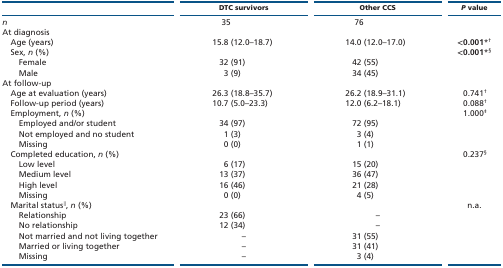
<table><thead><tr><td></td><td><b>DTC survivors</b></td><td><b>Other CCS</b></td><td><b><i>P</i> value</b></td></tr></thead><tbody><tr><td><i>n</i></td><td>35</td><td>76</td><td></td></tr><tr><td>At diagnosis</td><td></td><td></td><td></td></tr><tr><td> Age (years)</td><td>15.8 (12.0–18.7)</td><td>14.0 (12.0–17.0)</td><td><b>&lt;0.001</b>*<sup>†</sup></td></tr><tr><td> Sex, <i>n</i> (%)</td><td></td><td></td><td><b>&lt;0.001</b>*<sup>§</sup></td></tr><tr><td>Female</td><td>32 (91)</td><td>42 (55)</td><td></td></tr><tr><td>Male</td><td>3 (9)</td><td>34 (45)</td><td></td></tr><tr><td>At follow-up</td><td></td><td></td><td></td></tr><tr><td> Age at evaluation (years)</td><td>26.3 (18.8–35.7)</td><td>26.2 (18.9–31.1)</td><td>0.741<sup>†</sup></td></tr><tr><td> Follow-up period (years)</td><td>10.7 (5.0–23.3)</td><td>12.0 (6.2–18.1)</td><td>0.088<sup>†</sup></td></tr><tr><td> Employment, <i>n</i> (%)</td><td></td><td></td><td>1.000<sup>‡</sup></td></tr><tr><td>Employed and/or student</td><td>34 (97)</td><td>72 (95)</td><td></td></tr><tr><td>Not employed and no student</td><td>1 (3)</td><td>3 (4)</td><td></td></tr><tr><td>Missing</td><td>0 (0)</td><td>1 (1)</td><td></td></tr><tr><td> Completed education, <i>n</i> (%)</td><td></td><td></td><td>0.237<sup>§</sup></td></tr><tr><td>Low level</td><td>6 (17)</td><td>15 (20)</td><td></td></tr><tr><td>Medium level</td><td>13 (37)</td><td>36 (47)</td><td></td></tr><tr><td>High level</td><td>16 (46)</td><td>21 (28)</td><td></td></tr><tr><td>Missing</td><td>0 (0)</td><td>4 (5)</td><td></td></tr><tr><td> Marital status<sup>‖</sup>, <i>n</i> (%)</td><td></td><td></td><td>n.a.</td></tr><tr><td>Relationship</td><td>23 (66)</td><td>–</td><td></td></tr><tr><td>No relationship</td><td>12 (34)</td><td>–</td><td></td></tr><tr><td>Not married and not living together</td><td>–</td><td>31 (55)</td><td></td></tr><tr><td>Married or living together</td><td>–</td><td>31 (41)</td><td></td></tr><tr><td>Missing</td><td>–</td><td>3 (4)</td><td></td></tr></tbody></table>